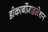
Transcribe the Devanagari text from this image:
डीकार्बोज़ाइलेशन